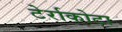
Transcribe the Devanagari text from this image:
टेर्राकोटा